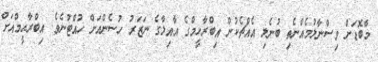
މާބޮޑަށް ވިސްނާލުމެއްނެތި ބުނެލި އެއްޗެކުން އިބްރާހީމްގެ އާއިލާގެ ނަޒަރު ހުސެންއަށް ހުއްޓުނެވެ. އިބްރާޙީމްއަށް